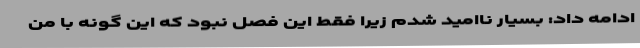
ادامه داد: بسیار ناامید شدم زیرا فقط این فصل نبود که این گونه با من